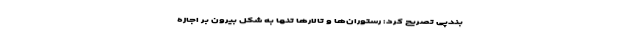
بندپی تصریح کرد: رستوران‌ها و تالارها تنها به شکل بیرون بَر اجازه